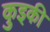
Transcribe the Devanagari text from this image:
कुइकी